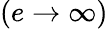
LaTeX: (e\to\infty)